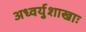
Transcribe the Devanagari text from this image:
अध्वर्युशाखाः